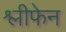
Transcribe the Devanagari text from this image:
श्लीफेन